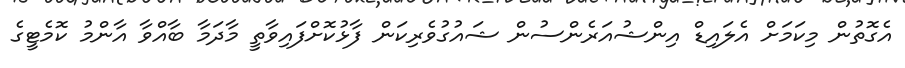
އެގޮތުން މިކަމަށް އެލައިޑް އިންޝުއަރެންސުން ޝައުގުވެރިކަން ފާޅުކޮށްފައިވާތީ މާދަމާ ބާއްވާ އާންމު ކޮމެޓީގެ